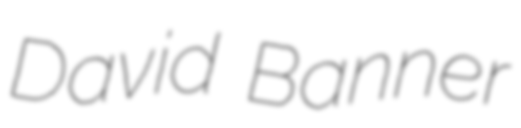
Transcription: David Banner